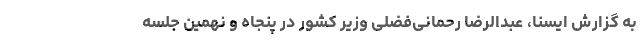
به گزارش ایسنا، عبدالرضا رحمانی‌فضلی وزیر کشور در پنجاه و نهمین جلسه